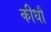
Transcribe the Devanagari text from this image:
कीधौं